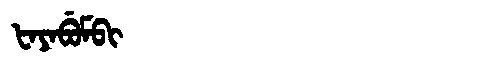
Manchu: ᡶᠠᠶᠠᠪᡠᠮᠪᡳ
Romanization: FAYABUMBI